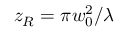
z _ { R } = \pi w _ { 0 } ^ { 2 } / \lambda